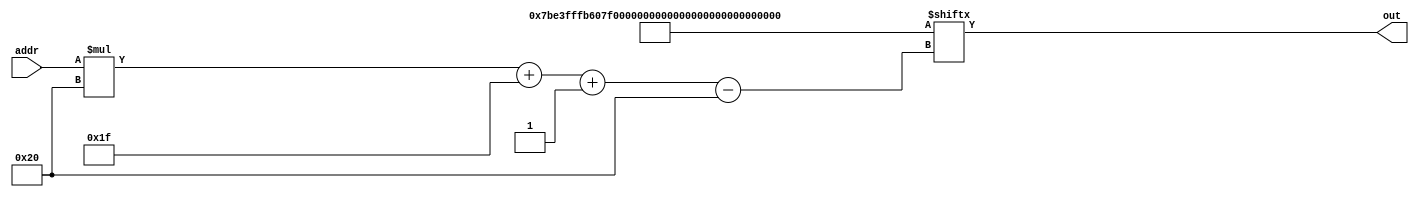
/*
   This file was generated automatically by Alchitry Labs version 1.2.7.
   Do not edit this file directly. Instead edit the original Lucid source.
   This is a temporary file and any changes made to it will be destroyed.
*/

/*
   Parameters:
     WORDS = MEMORY_SIZE
*/
module instruction_rom_8 (
    input [4:0] addr,
    output reg [31:0] out
  );
  
  localparam WORDS = 6'h20;
  
  
  localparam INSTRUCTIONS = 160'h7be3fffb607f0020643f002090410800c03f0003;
  
  always @* begin
    out = INSTRUCTIONS[(addr)*32+31-:32];
  end
endmodule